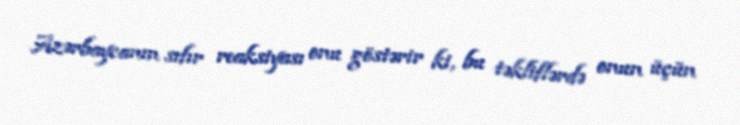
Azərbaycanın sıfır reaksiyası onu göstərir ki, bu təkliflərdə onun üçün